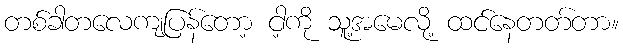
တစ်ခါတလေကျပြန်တော့ ငါ့ကို သူ့အမေလို့ ထင်နေတတ်တာ။